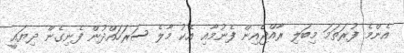
އެންމެ ފުރަތަމަ މިބަލި ރާއްޖެއިން ފެނުމާއި އެކު މާލެ ސަރަހައްދުން ފެނިގެން ދިޔައީ